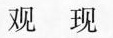
观现